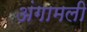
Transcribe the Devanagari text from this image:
अंगामली